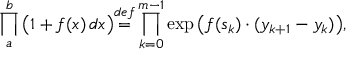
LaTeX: \prod _ { a } ^ { b } { \big ( } 1 + f ( x ) \, d x { \big ) } { \overset { d e f } { = } } \prod _ { k = 0 } ^ { m - 1 } \exp { \big ( } f ( s _ { k } ) \cdot ( y _ { k + 1 } - y _ { k } ) { \big ) } ,